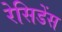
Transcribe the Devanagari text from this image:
रेसिडेंस